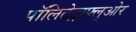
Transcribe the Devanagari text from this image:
पॉलिटेट्राफ्लुओर